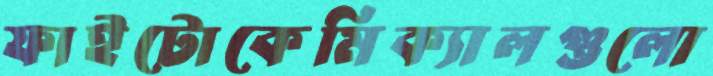
ফাইটোকেমিক্যালগুলো